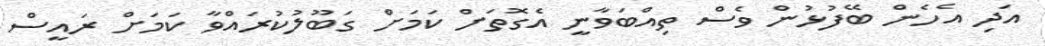
އަދި އެހެން ބޭފުޅުން ވެސް ތިއްބަވާނީ އެގޮތަށް ކަމަށް ގަބޫލުކުރައްވާ ކަމަށް ރައީސް